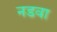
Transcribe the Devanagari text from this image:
नडवा